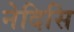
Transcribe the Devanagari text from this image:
नेदिसि